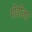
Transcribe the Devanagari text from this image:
पीढीला